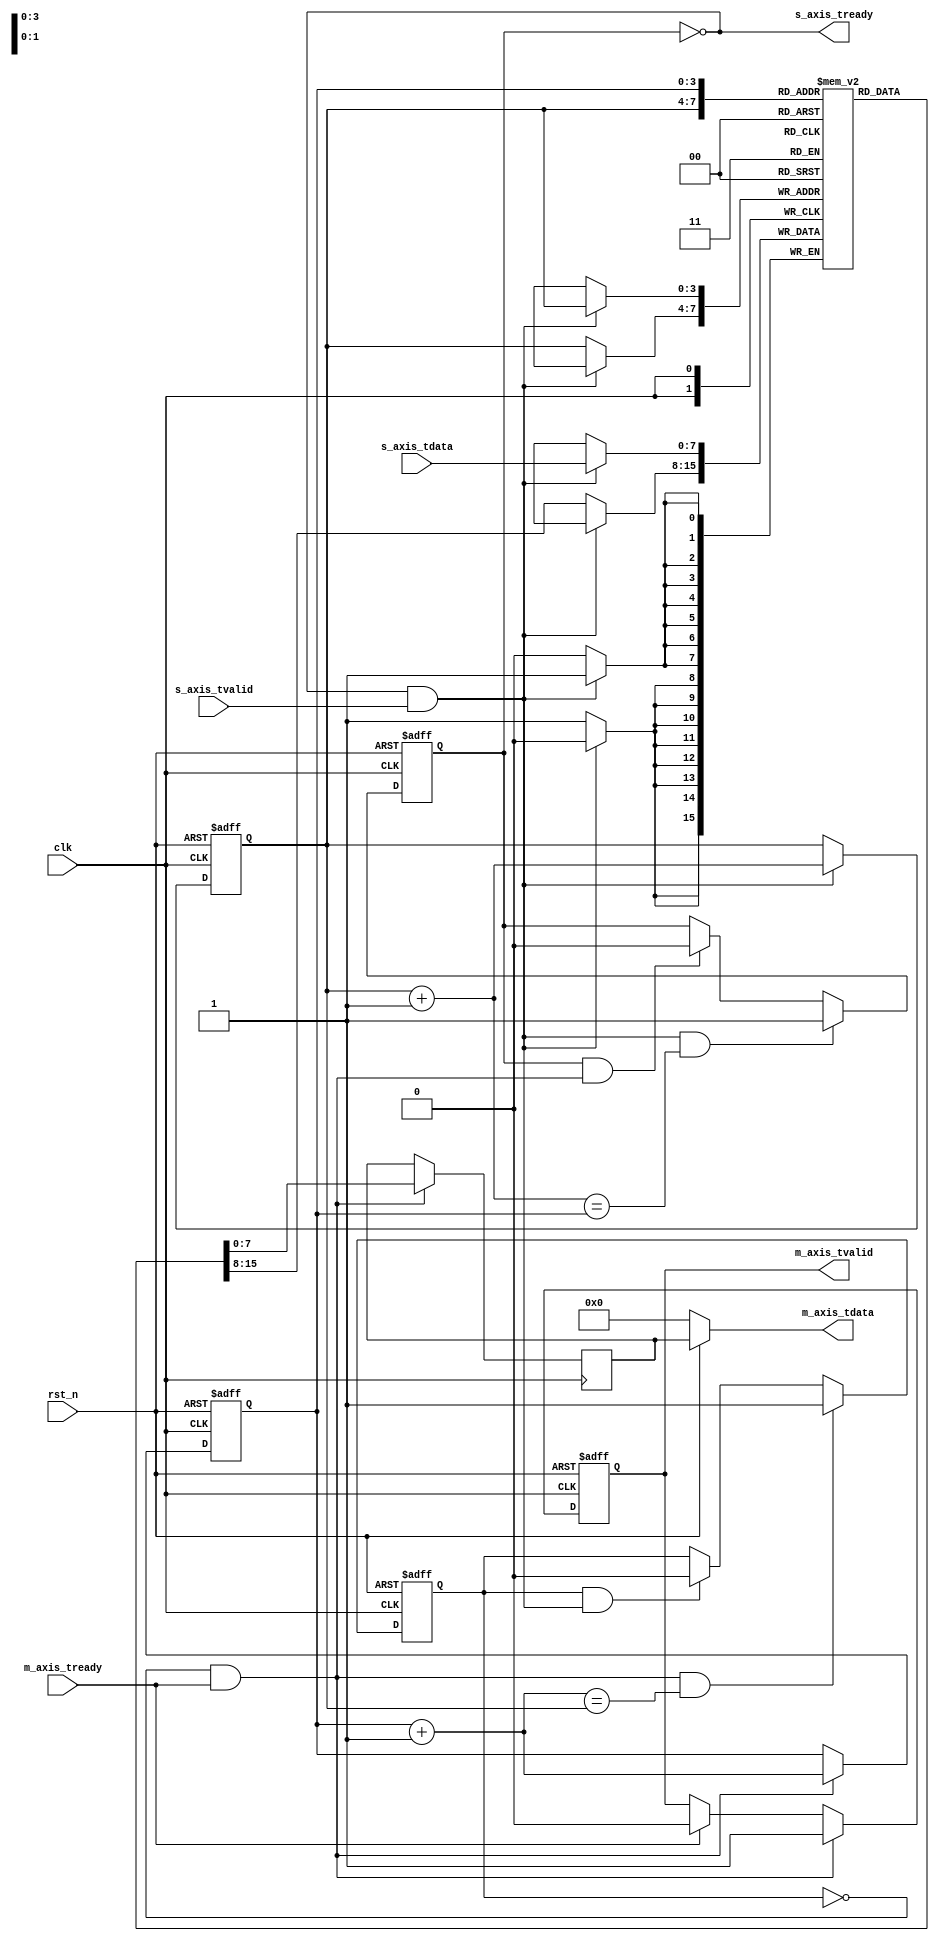
/*************************************************************/
//function: 16*8bitFIFO
//Data    : 2023.7.19
//Version : V 1.1.2
/*************************************************************/
`timescale 1 ns / 1 ps

module data_fifo (clk,rst_n,s_axis_tdata,s_axis_tvalid,s_axis_tready,m_axis_tdata,m_axis_tvalid,m_axis_tready);
/*************************************************************************************/
parameter Width=8;               /*FIFO*/
parameter Deepth=16;             /*FIFO(2n)*/
/************************************************************************************************/
input clk;                       /**/
input rst_n;                     /**/
input [Width-1:0] s_axis_tdata;  /**/
input s_axis_tvalid;             /*,*/
output s_axis_tready;            /*FIFO,s_axis_tready,FIFO*/
output [Width-1:0] m_axis_tdata; /**/
output reg m_axis_tvalid;        /*,*/
input m_axis_tready;             /*,*/


reg [Width-1:0] fifo_mem [Deepth-1:0];


/*******************************************FIFO******************************************/
reg [$clog2(Deepth)-1:0] wr_addr; /**/
reg [$clog2(Deepth)-1:0] rd_addr; /**/
reg full;                         /**/
reg empty;                        /**/
wire wr_en;                       /**/
wire rd_en;                       /**/
wire [$clog2(Deepth)-1:0] wr_addr_next;
wire [$clog2(Deepth)-1:0] rd_addr_next;

assign wr_addr_next=wr_addr+1;
assign rd_addr_next=rd_addr+1;
assign s_axis_tready=!full;                 /*FIFO,FIFO*/
assign wr_en=s_axis_tready&&s_axis_tvalid;  /*FIFO,FIFO*/
assign rd_en=(!empty)&&m_axis_tready;       /*FIFOFIFO,FIFO*/

always@(posedge clk or negedge rst_n)
begin
  if(!rst_n)
    full<=1'b0;/*FIFO*/
  else
    begin
      if(wr_en&&(wr_addr_next==rd_addr))/*,,FIFO*/
        full<=1'b1;
      else if(full&&rd_en)/*FIFO,FIFO*/
        full<=1'b0;
      else
        full<=full;
    end
end

always@(posedge clk or negedge rst_n)
begin
  if(!rst_n)
    empty<=1'b1;/*FIFO*/    
  else
    begin
      if(rd_en&&(rd_addr_next==wr_addr))/*,,FIFO*/
        empty<=1'b1;
      else if(empty&&wr_en)/*FIFO,FIFO*/
        empty<=1'b0;
      else
        empty<=empty;
    end
end
/************************************************************************************************/



/******************************************FIFO*****************************************/
reg [Width-1:0] data_out_reg;

always@(posedge clk or negedge rst_n)
begin
  if(!rst_n)
    wr_addr<=0;
  else
    begin
      if(wr_en)
        wr_addr<=wr_addr+1;
      else
        wr_addr<=wr_addr;
    end
end

always@(posedge clk or negedge rst_n)
begin
  if(!rst_n)
    rd_addr<=0;
  else
    begin
      if(rd_en)
        rd_addr<=rd_addr+1;
      else
        rd_addr<=rd_addr;
    end
end

always@(posedge clk or negedge rst_n)
begin
  if(!rst_n)
    m_axis_tvalid<=1'b0;
  else
    begin
      if(rd_en)
        m_axis_tvalid<=1'b1;
      else
        begin
          if(m_axis_tready)
            m_axis_tvalid<=1'b0;
          else
            m_axis_tvalid<=m_axis_tvalid;
        end
    end
end

always@(posedge clk)
begin
  if(wr_en)
    fifo_mem[wr_addr]<=s_axis_tdata;
  else
    fifo_mem[wr_addr]<=fifo_mem[wr_addr];
end

always@(posedge clk)
begin
  if(rd_en)
    data_out_reg<=fifo_mem[rd_addr];
  else
    data_out_reg<=data_out_reg;
end

assign m_axis_tdata=rst_n?data_out_reg:0;
/************************************************************************************************/

endmodule